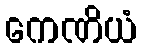
ကေဏိယံ